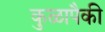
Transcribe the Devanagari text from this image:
कुळापैकी